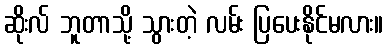
ဆိုးလ် ဘူတာသို့ သွားတဲ့ လမ်း ပြပေးနိုင်မလား။